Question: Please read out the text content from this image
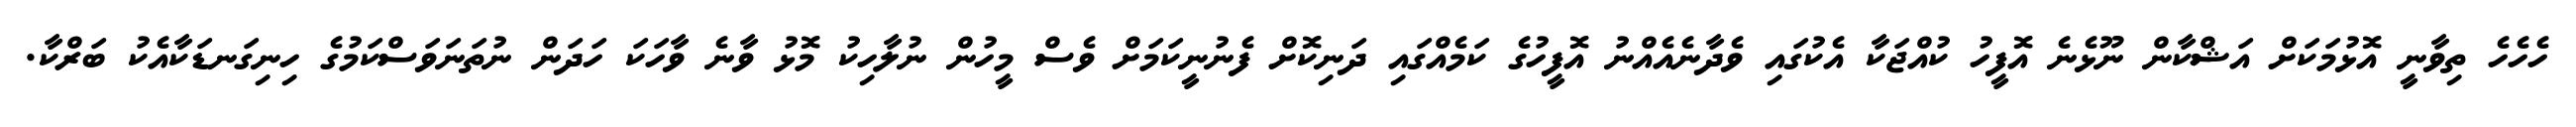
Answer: ހެހެހެ ތިވާނީ އޮޅުމަކަށް އަޝްކާން ނޫޅެނެ އޮފީހު ކުއްޖަކާ އެކުގައި ވެދާނެއެއްނު އޮފީހުގެ ކަމެއްގައި ދަނިކޮށް ފެނުނީކަމަށް ވެސް މީހުން ނުލާހިކު މޮޅު ވާނެ ވާހަކަ ހަދަން ނުތަނަވަސްކަމުގެ ހިނިގަނޑަކާއެކު ބަރްކާ.